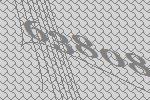
63808